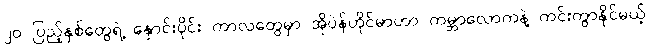
၂၀ ပြည့်နှစ်တွေရဲ့ နှောင်းပိုင်း ကာလတွေမှာ အိုပဲန်ဟိုင်မာဟာ ကမ္ဘာလောကနဲ့ ကင်းကွာနိုင်မယ့်